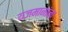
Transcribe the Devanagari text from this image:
यजमानांना